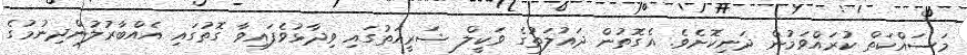
މަސައްކަތް ކުރައްވަމުން ދަނިކޮށެވެ. އެގޮތުން ދައުލަތުގެ ވަކީލް ޝަރީއަތުގައި ވިދާޅުވެފައިިވާ ގޮތުގައި އެއްބާރުލުންދިނުމުގެ